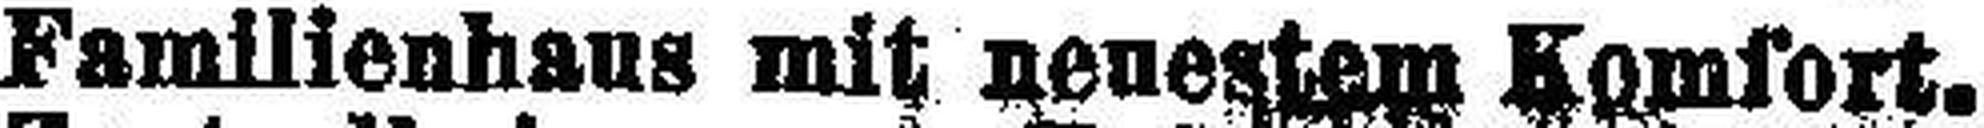
Familienhaus mit neuestem Komfort.